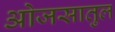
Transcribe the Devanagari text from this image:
ओजसातुल